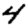
Digit: 4